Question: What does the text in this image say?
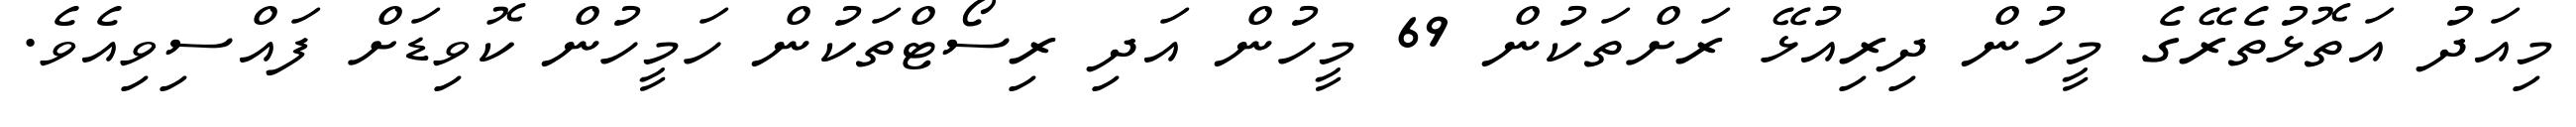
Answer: މިއަދު އަތޮޅުތެރޭގެ މީހުން ދިރިއުޅޭ ރަށްތަކުން 69 މީހުން އަދި ރިސޯޓްތަކުން ހަމީހުން ކޮވިޑަށް ފައްސިވިއެވެ.